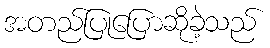
အတည်ပြုပြောဆိုခဲ့သည်